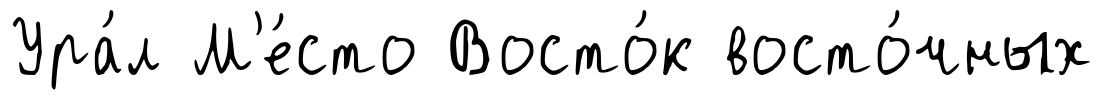
Ура́л М'е́сто Восто́к восто́чных